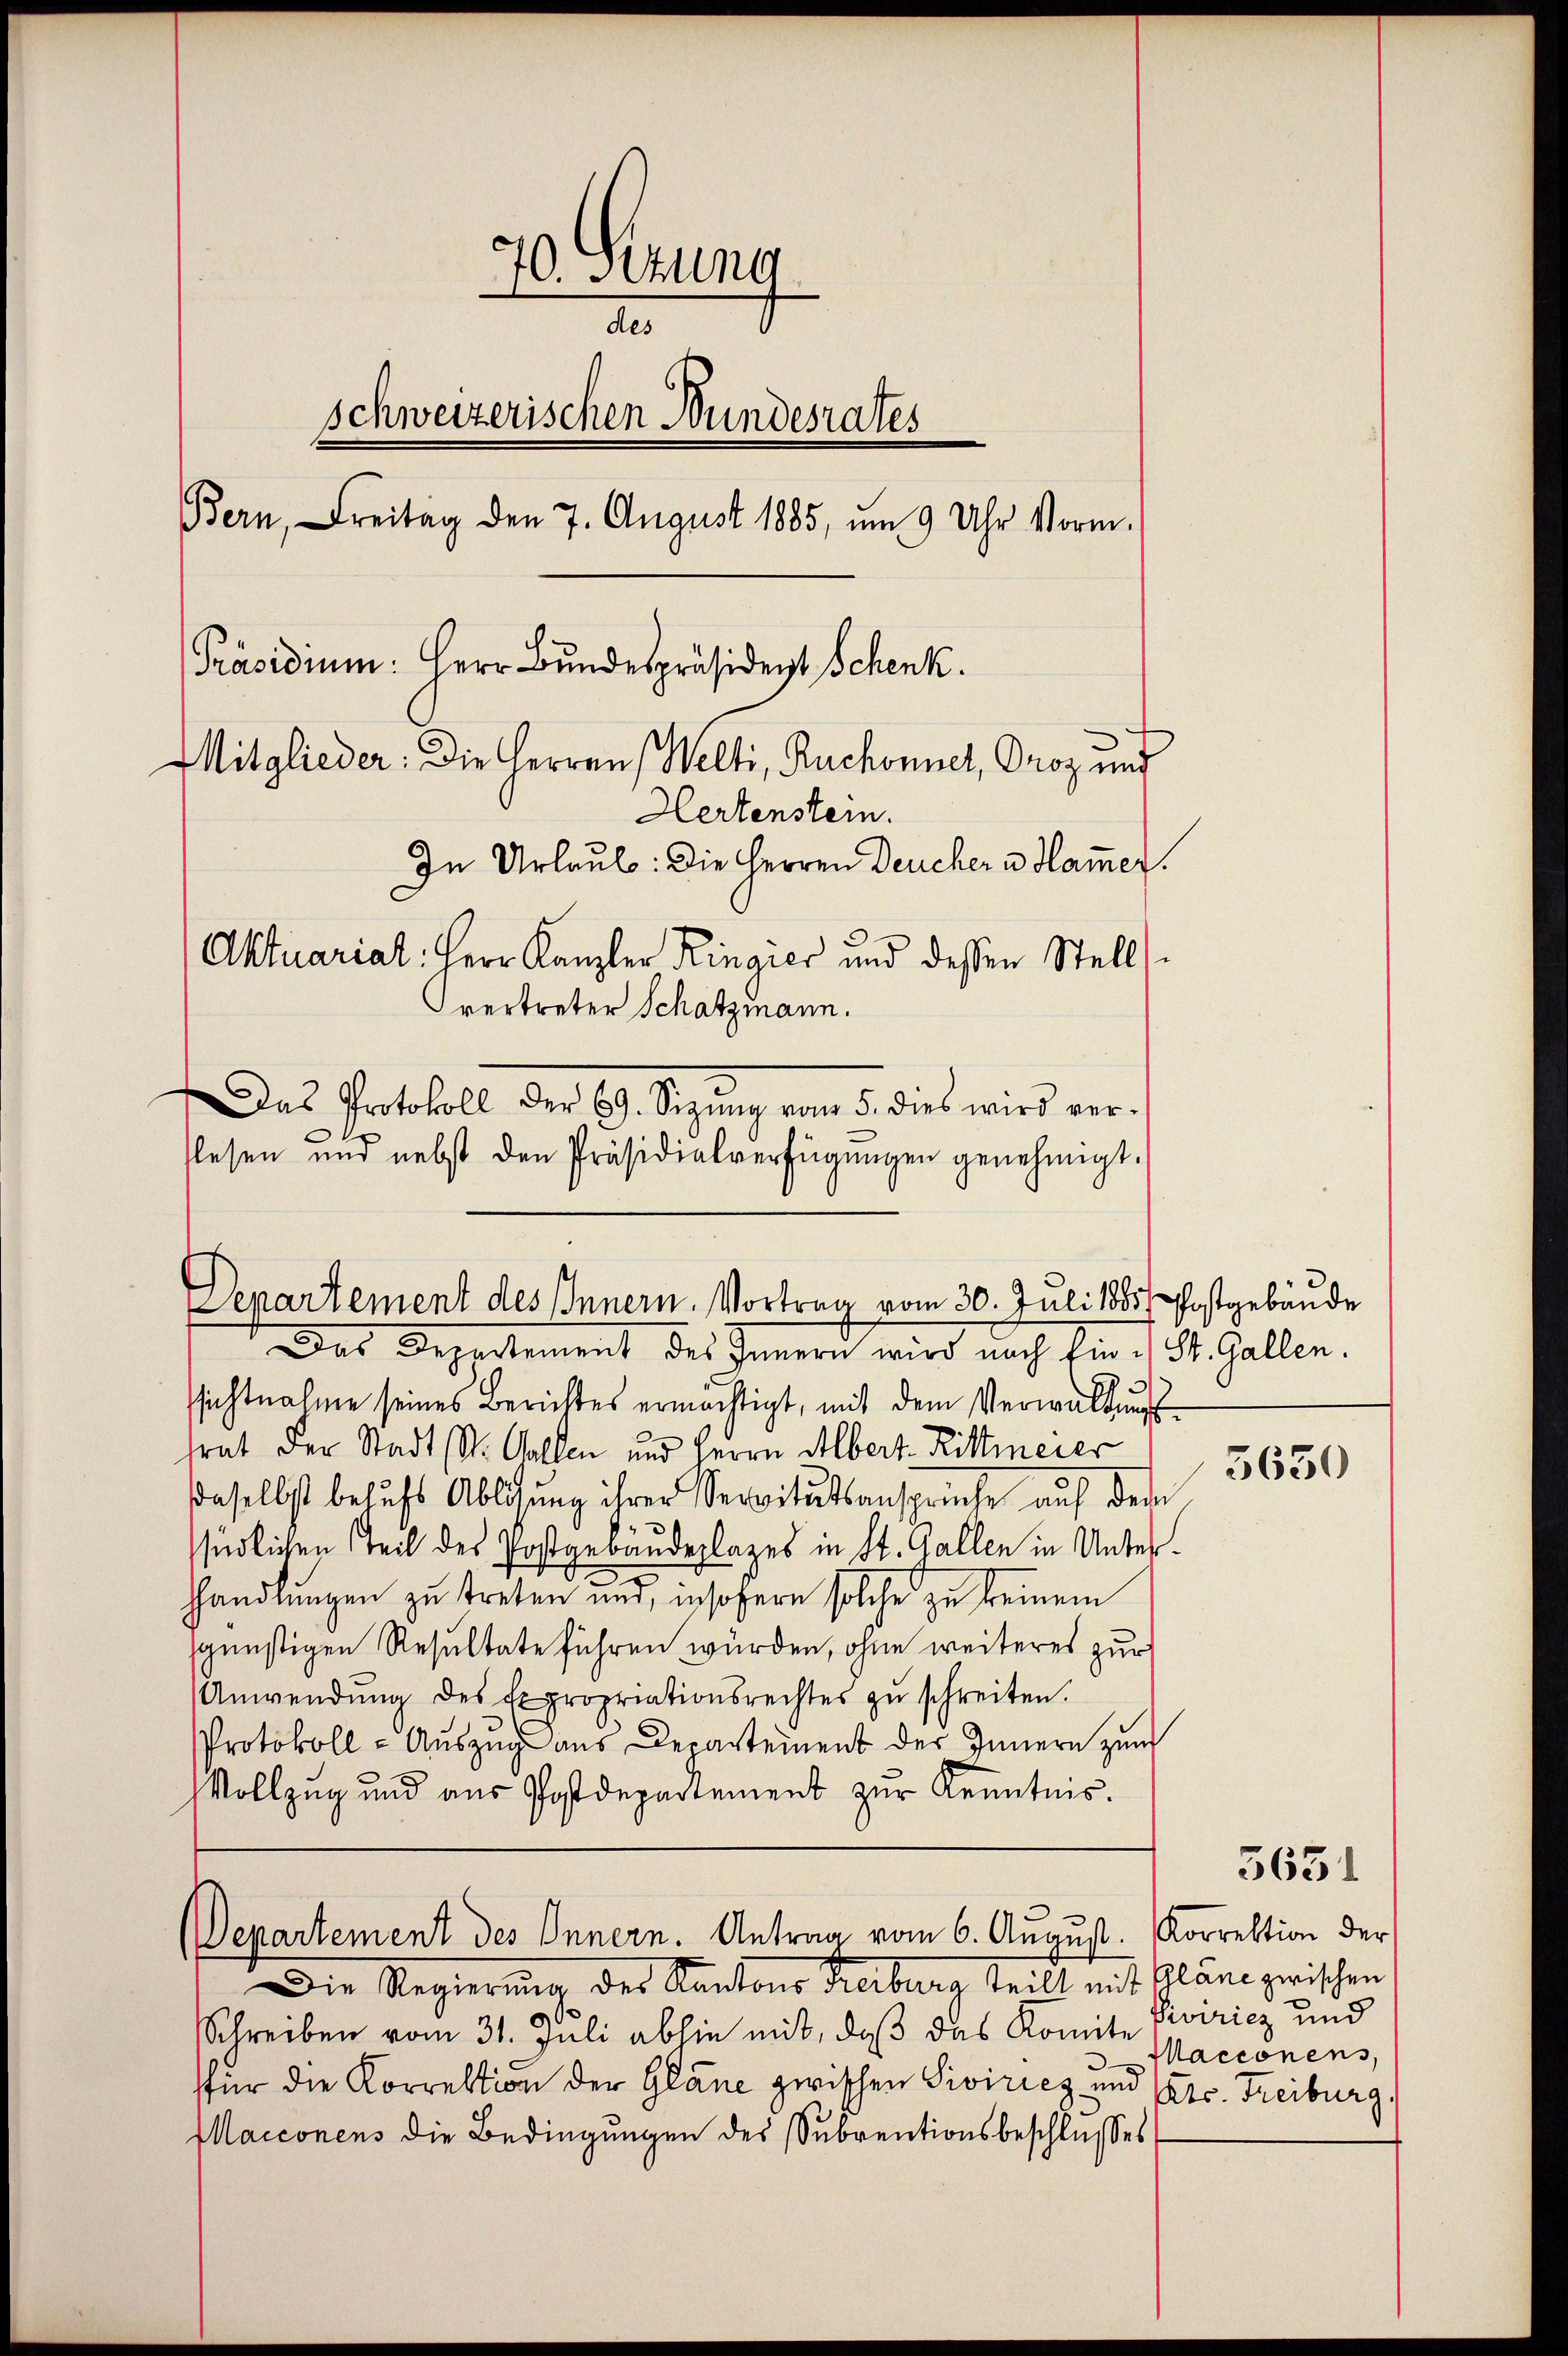
70. Sezung
A
schweizerischen Bundesrates
Bern, reitag den 7. August 1885, um 9 Uhr Vorm.
Präsidium: Herr Bundespräsident Schenk.
Mitglieder: Die Herren Welti, Ruchonnel, Oroz und
Hertenstein.
In Urlaub: Die Herren Deucher u. Hammer
Aktuarial: Herr Kanzler Ringier und dessen Stellvertreter Schatzmann.
Das Protokoll der 99. Sitzung vom 5. dies wird ver¬

Departement des Innern. Vortrag vom 30. Juli 1885. Postgebäude

Departement des Innern. Antrag vom 6. August. Korrektion der

lesen und nebst den Präsidialverfügŭngen genehmigt.

Das Departement des Innern wird nach fin : St. Gallen.
ssichtnahme seines Berichtes ermächtigt, mit dem Verwaltung
trat der Stadt (St. Gallen und Herrn Albert. Rittmeier
daselbst behufs Ablösung ihrer Servitutsansprüche auf dem
südlichen Teil des Postgebäudenlages in St. Gallen in Unterhandlungen zu treten und insofern solche zu keinem
sgünstigen Resultate führen würden, ohne weiteres zur
Anwendŭng des Expropriationsrechtes zŭ schreiten.
Protokoll - Auszug aus Departement der Innern zum
Vollzug und aus Postdepartement zur Kenntnis.

Die Regierung des Kantons Freiber teilt mit Gläne zwischen
Schreiben vom 31. Juli abhie mit, daß das Komite Piviricz und
für die Korrektion der Glane zwischen Siviricz und
Macconens die Bedingungen des Subventionsbeschlusses

5630

Macconens,
Str. Freiburg.

3631